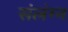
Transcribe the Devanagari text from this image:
संलंग्न